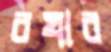
বখার